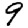
Digit: 9